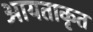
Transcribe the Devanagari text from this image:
आयताकृत